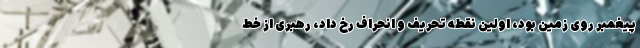
پیغمبر روی زمین بود، اولین نقطه تحریف و انحراف رخ داد، رهبری از خط